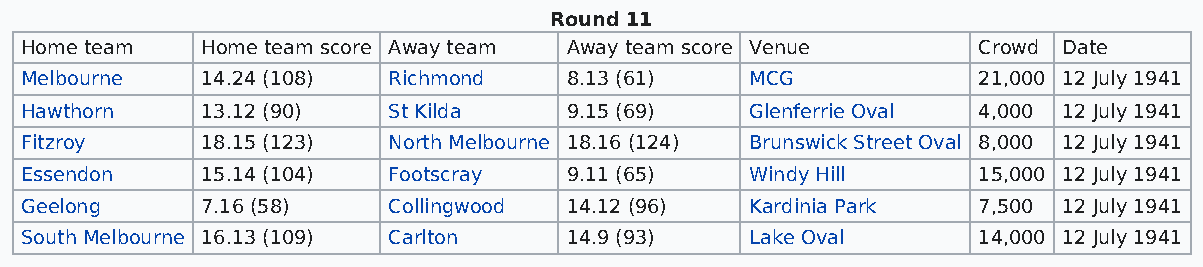
Round 11
 Home team   Home team score Away team Away team score Venue     Crowd Date
 Melbourne   14.24 (108)  Richmond   8.13 (61)    MCG            21,000 12 July 1941
 Hawthorn    13.12 (90)   St Kilda   9.15 (69)    Glenferrie Oval 4,000 12 July 1941
 Fitzroy     18.15 (123)  North Melbourne 18.16 (124) Brunswick Street Oval 8,000 12 July 1941
 Essendon    15.14 (104)  Footscray  9.11 (65)    Windy Hill     15,000 12 July 1941
 Geelong     7.16 (58)    Collingwood 14.12 (96)  Kardinia Park  7,500 12 July 1941
 South Melbourne 16.13 (109) Carlton 14.9 (93)    Lake Oval      14,000 12 July 1941